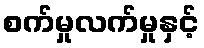
စက်မှုလက်မှုနှင့်